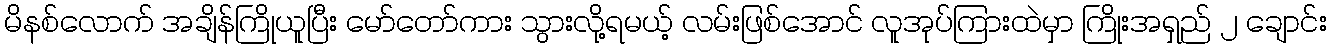
မိနစ်လောက် အချိန်ကြိုယူပြီး မော်တော်ကား သွားလို့ရမယ့် လမ်းဖြစ်အောင် လူအုပ်ကြားထဲမှာ ကြိုးအရှည် ၂ ချောင်း